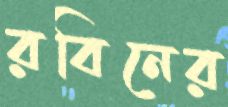
রবিনের